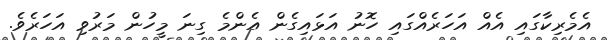
އެމެރިކާގައި އެއް އަހަރެއްގައި ހޮނު އަޅައިގެން އެންމެ ގިނަ މީހުން މަރުވި އަހަރެވެ.